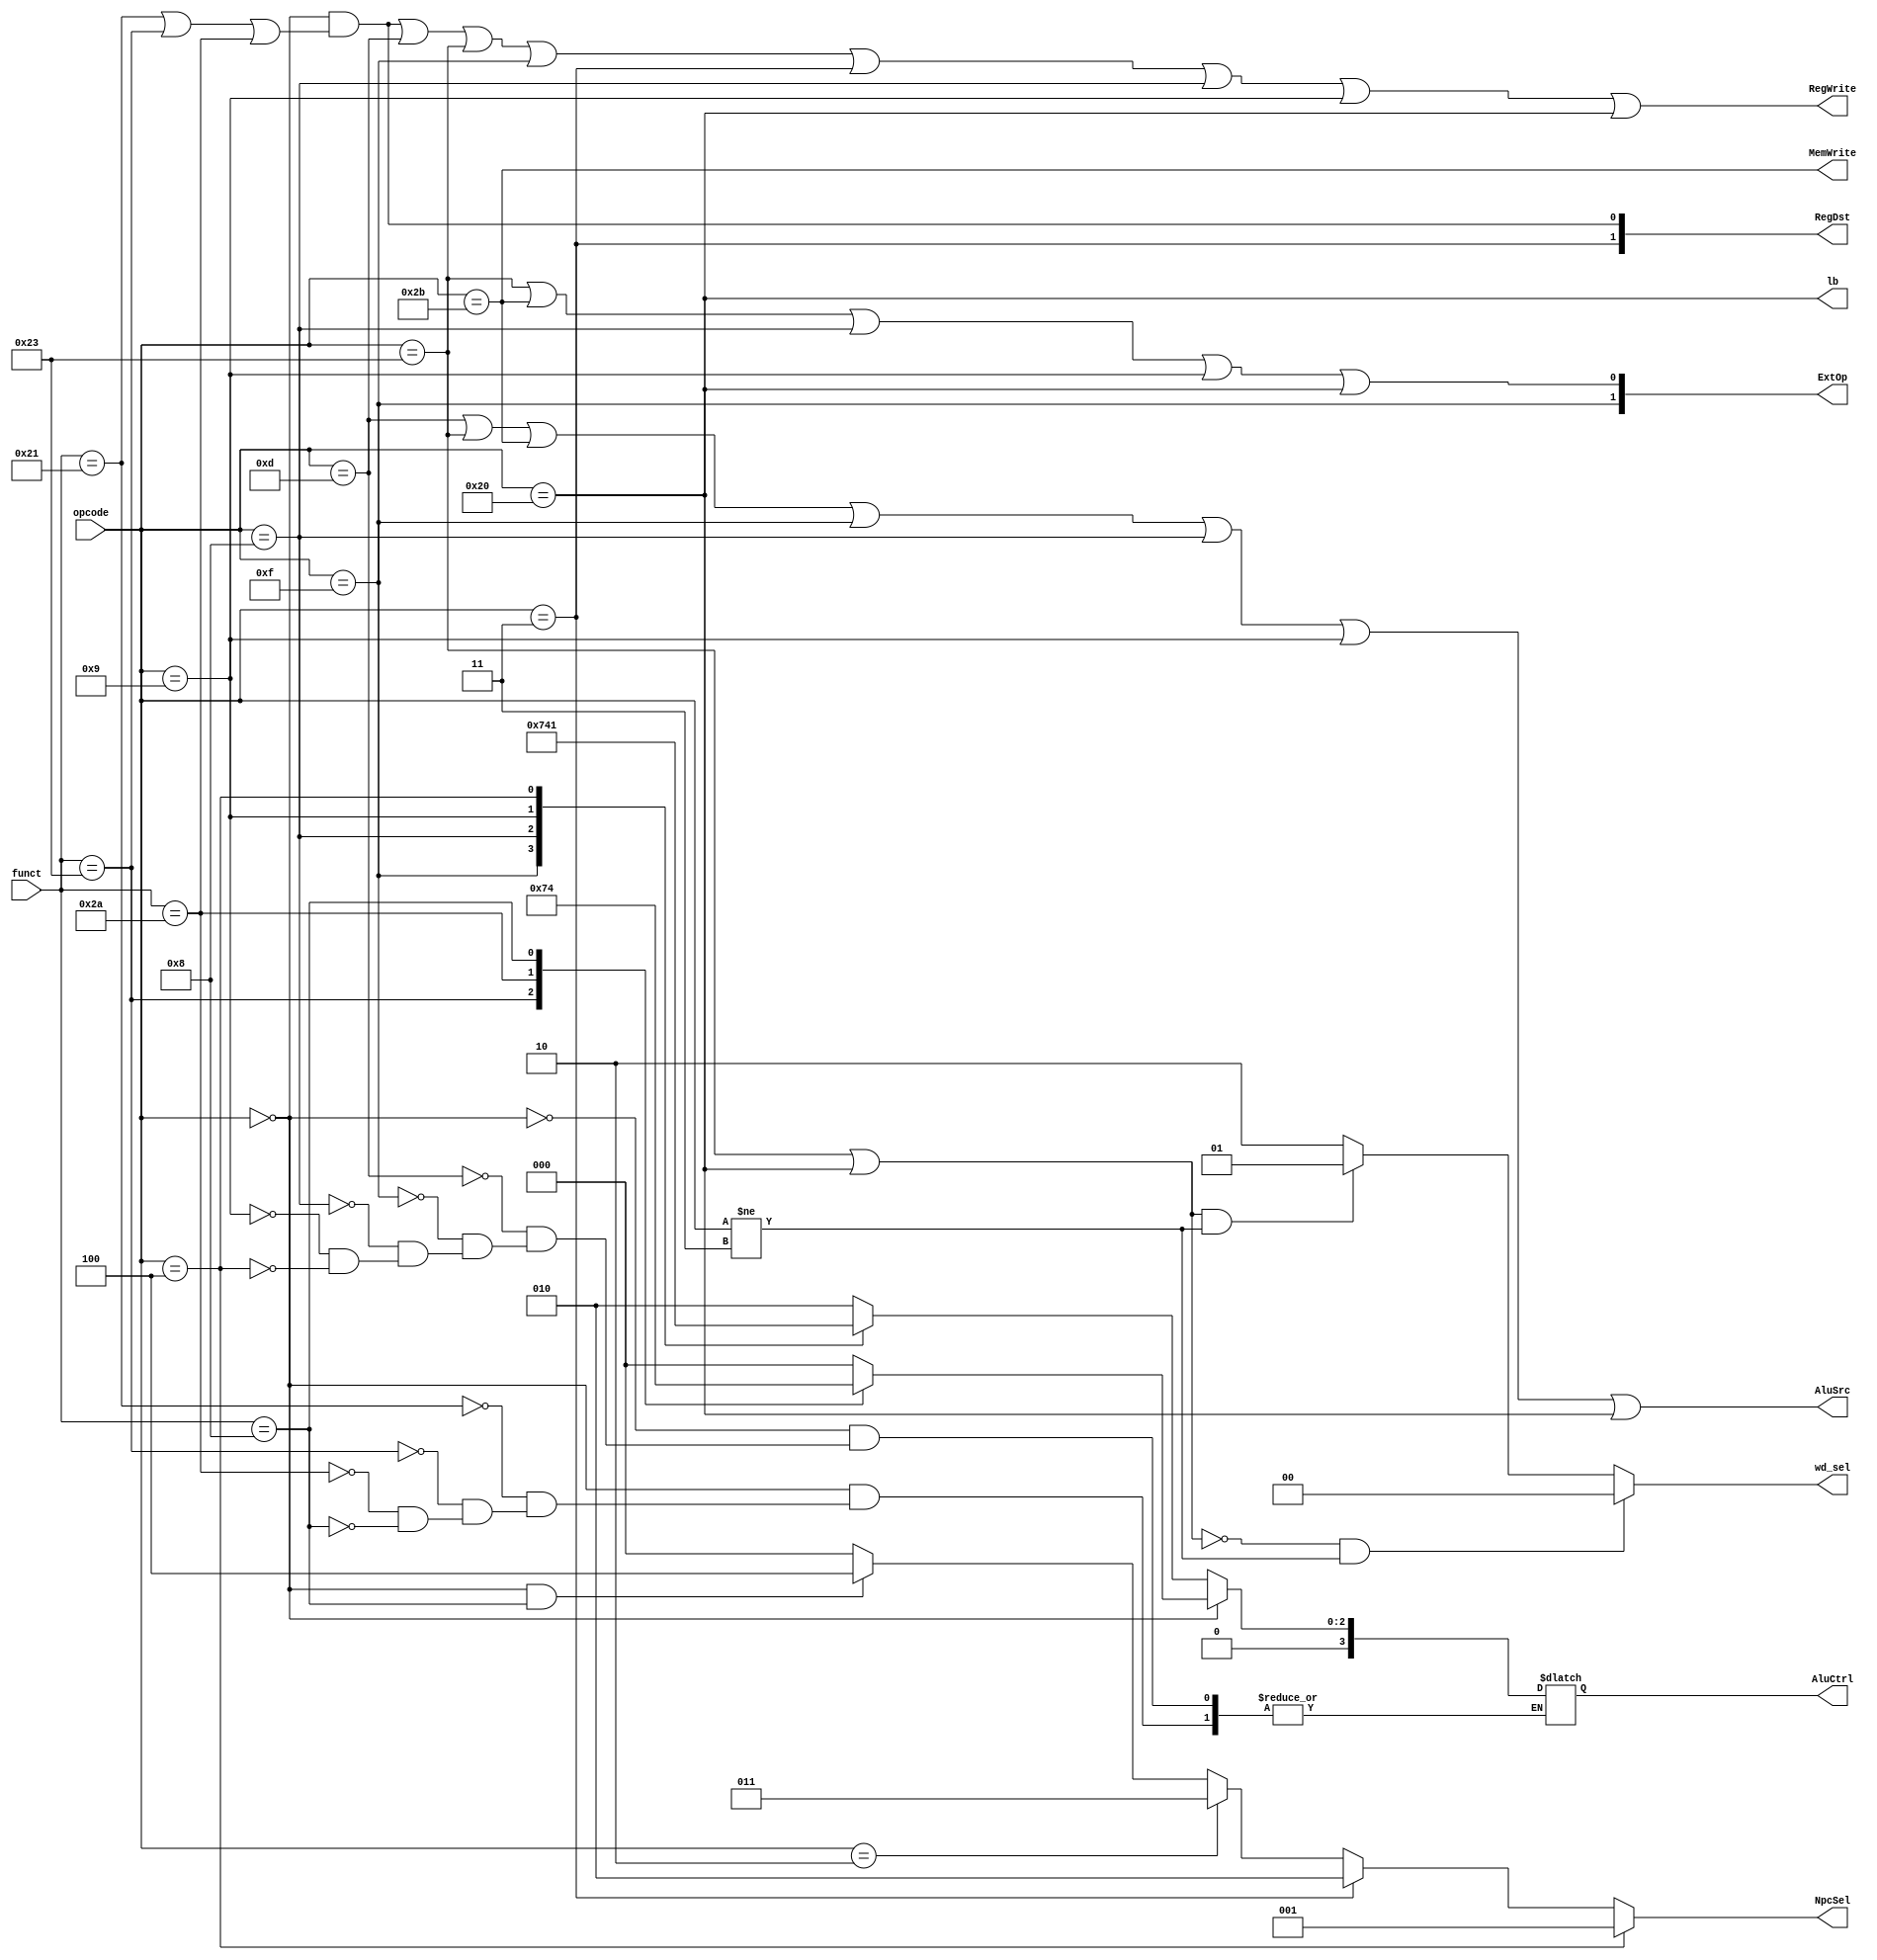
//R-type
`define R_TYPE 6'b000000
`define ADDU   6'b100001
`define SUBU   6'b100011
`define SLT    6'b101010
`define JR     6'b001000
//I-type
`define ORI    6'b001101
`define LUI    6'b001111
`define LW     6'b100011
`define SW     6'b101011
`define ADDI   6'b001000
`define ADDIU  6'b001001
`define BEQ    6'b000100
`define LB     6'b100000
//J-type
`define J      6'b000010
`define JAL    6'b000011

//AluCtrl
`define Addu   4'b0000
`define Subu   4'b0001
`define Or     4'b0010
`define Bb     4'b0011
`define Aa     4'b0100
`define Add    4'b0101
`define Lt     4'b0110

module ctrl(opcode, funct, RegDst, AluSrc, MemWrite, RegWrite, wd_sel, NpcSel, ExtOp, AluCtrl,lb);
    input [5:0] opcode, funct;
    output [2:0] NpcSel;
    output [1:0] RegDst, wd_sel, ExtOp;
    output AluSrc, MemWrite, RegWrite, lb;
    output reg [3:0] AluCtrl;

    always @(opcode or funct) begin
      if (opcode == `R_TYPE) begin
        case (funct)
          `ADDU : AluCtrl <= `Addu;
          `SUBU : AluCtrl <= `Subu;
          `SLT  : AluCtrl <= `Lt;
          `JR   : AluCtrl <= `Aa;
          default: begin end
        endcase
      end
      else begin
        case (opcode)
          `ORI  : AluCtrl <= `Or;
          `LUI  : AluCtrl <= `Bb;
          `ADDI : AluCtrl <= `Add;
          `ADDIU: AluCtrl <= `Addu;
          `BEQ  : AluCtrl <= `Subu;
          default: begin end
        endcase
      end
    end

    assign RegDst = {(opcode == `JAL), (opcode == `R_TYPE&&(funct == `ADDU || funct == `SUBU || funct == `SLT))};
    assign AluSrc = (opcode == `ORI || opcode == `LW || opcode == `SW || opcode == `LUI || opcode == `ADDI || opcode == `ADDIU || opcode == `LB);
    assign MemWrite = (opcode == `SW);
    assign MemtoReg = (opcode == `LW || opcode == `LB);
    assign lb = (opcode == `LB);
    assign RegWrite = ((opcode == `R_TYPE && (funct == `ADDU || funct == `SUBU || funct == `SLT)) || 
                      opcode == `ORI || opcode == `LW || opcode == `LUI || opcode == `JAL ||
                      opcode == `ADDI || opcode == `ADDIU || opcode == `LB);
    assign NpcSel = (opcode == `BEQ) ? 3'b001:
                    (opcode == `JAL) ? 3'b010:
                      (opcode == `J) ? 3'b011:
 (opcode == `R_TYPE && funct == `JR) ? 3'b100:
                                       3'b000;
    assign ExtOp = {(opcode == `LUI), (opcode == `LW || opcode == `SW || opcode == `ADDI || opcode == `ADDIU || opcode == `LB)};
    assign wd_sel = (!MemtoReg&&opcode!=`JAL) ? 2'b00:
                     (MemtoReg&&opcode!=`JAL) ? 2'b01:
                                                2'b10;

endmodule